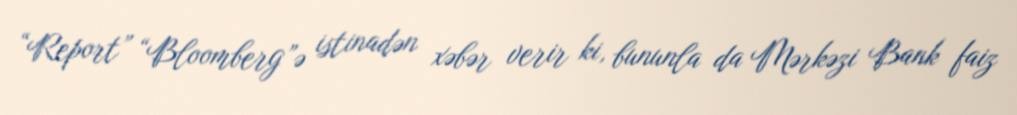
“Report” “Bloomberg”ə istinadən xəbər verir ki, bununla da Mərkəzi Bank faiz